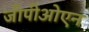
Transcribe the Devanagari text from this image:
जीपीओएन